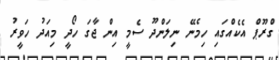
ގްރޫޕް އެކެއްގައި ހިމެނޭ ނިލަންދޫ ސެމީ އިން ޖާގަ ހޯދީ މިއަދު ހަވީރު